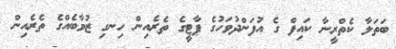
ބަތަލާ ކެތްރީނާ ކައިފް ގެ އުފަންދުވަހުގެ ޕާޓީގެ ތެރެއިން ހިނގި ޒުވާބެއްގެ ތެރެއިން